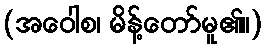
(အဝေါစ၊ မိန့်တော်မူ၏။)